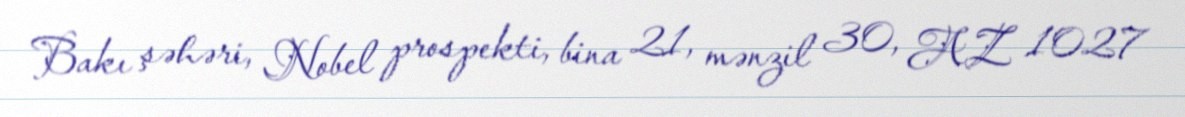
Bakı şəhəri, Nobel prospekti, bina 21, mənzil 30, AZ 1027